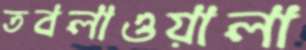
তবলাওয়ালা